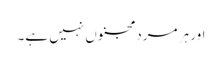
اور ہر مرد مجنوں نہیں ہے۔